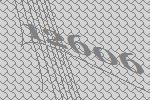
12606